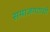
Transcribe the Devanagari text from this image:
समाजगटांची